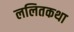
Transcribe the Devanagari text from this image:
ललितकथा